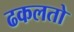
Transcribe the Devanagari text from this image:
ढकलतो